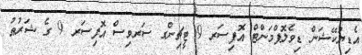
އެޑިޔުކޭޝަން ޑިވެލޮޕްމަންޓް އޮފިސަރ 9 ޓީޗިންގ ސަރވިސް އޮފިސަރ 9 ގެ ޝަރުޠު